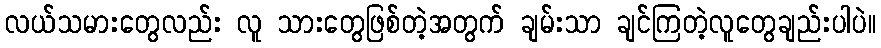
လယ်သမားတွေလည်း လူ သားတွေဖြစ်တဲ့အတွက် ချမ်းသာ ချင်ကြတဲ့လူတွေချည်းပါပဲ။